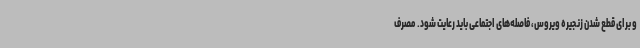
و برای قطع شدن زنجیره ویروس، فاصله‌های اجتماعی باید رعایت شود. مصرف